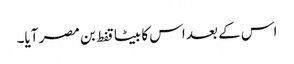
اس کے بعد اس کا بیٹا قفط بن مصر آیا۔